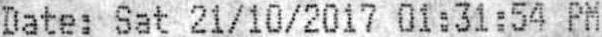
DATE: SAT 21/10/2017 01:31:54 PM